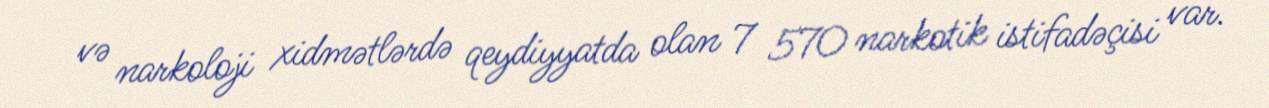
və narkoloji xidmətlərdə qeydiyyatda olan 7 570 narkotik istifadəçisi var.